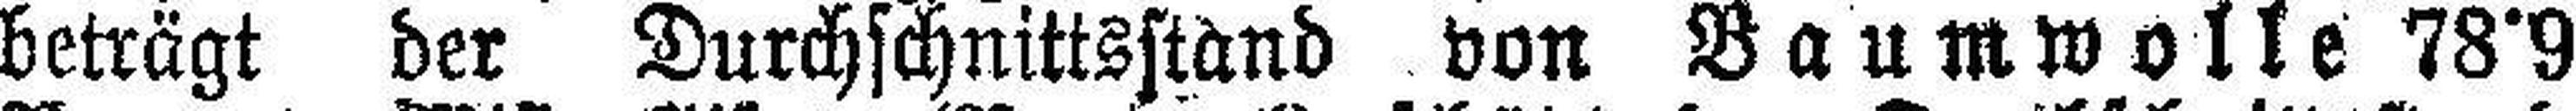
beträgt der Durchschnittsstand von Baumwolle 78°9